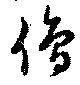
僧